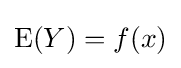
\mathrm {E} (Y)=f(x)